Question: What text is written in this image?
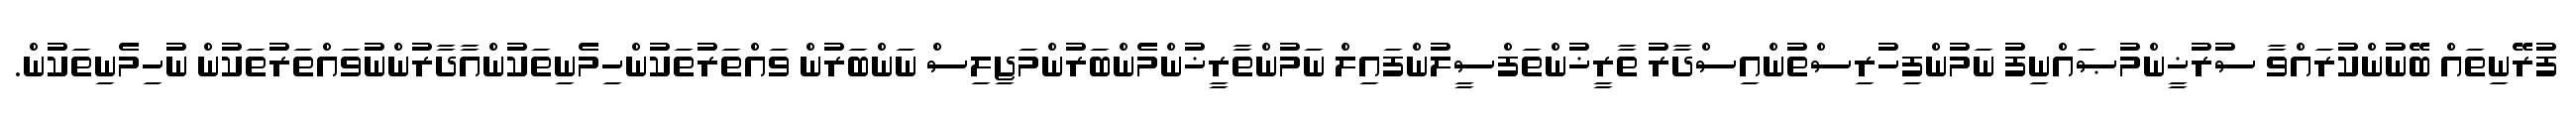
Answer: ފުރޭނިތައް ބޭނުންކުރައްވާ ސުރުޚީންމުޞައްނިފު ނަމުންފިހުރިސްތުންއިސްދާރު ތާރީޚުންތަފްސީލުންފައިލް ނަމުންތާރީޚުންމެންބަރުންމަޖިލިސް ނަންބަރުން ވައްތަރުތަކުންހިމެނިތަކުންއާދާރުންނުވައްތަރުތަކުން ނުހިމެނިތަކުން.